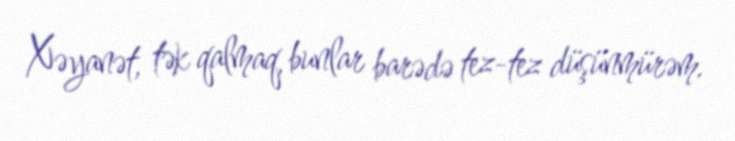
Xəyanət, tək qalmaq, bunlar barədə tez-tez düşünmürəm.